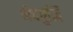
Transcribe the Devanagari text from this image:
भेदबुद्धि